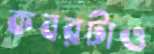
কবরটাও